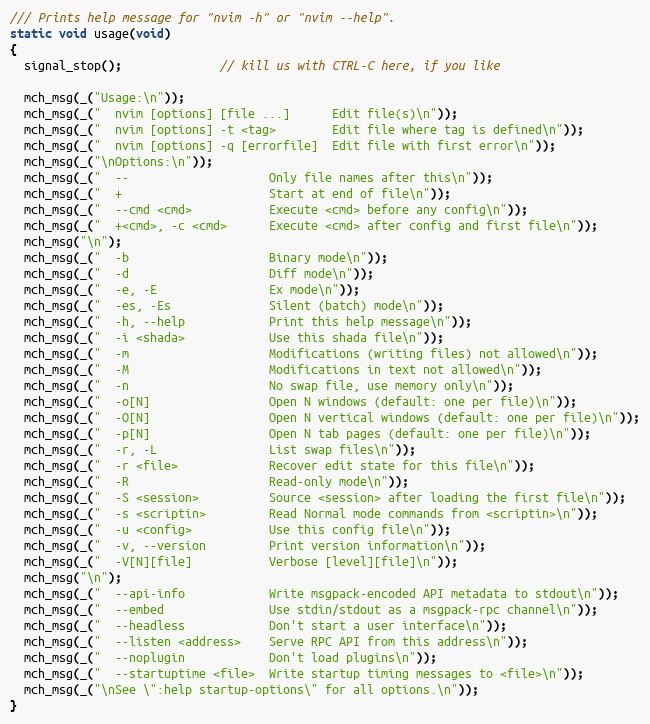
Language: C
/// Prints help message for "nvim -h" or "nvim --help".
static void usage(void)
{
  signal_stop();              // kill us with CTRL-C here, if you like

  mch_msg(_("Usage:\n"));
  mch_msg(_("  nvim [options] [file ...]      Edit file(s)\n"));
  mch_msg(_("  nvim [options] -t <tag>        Edit file where tag is defined\n"));
  mch_msg(_("  nvim [options] -q [errorfile]  Edit file with first error\n"));
  mch_msg(_("\nOptions:\n"));
  mch_msg(_("  --                    Only file names after this\n"));
  mch_msg(_("  +                     Start at end of file\n"));
  mch_msg(_("  --cmd <cmd>           Execute <cmd> before any config\n"));
  mch_msg(_("  +<cmd>, -c <cmd>      Execute <cmd> after config and first file\n"));
  mch_msg("\n");
  mch_msg(_("  -b                    Binary mode\n"));
  mch_msg(_("  -d                    Diff mode\n"));
  mch_msg(_("  -e, -E                Ex mode\n"));
  mch_msg(_("  -es, -Es              Silent (batch) mode\n"));
  mch_msg(_("  -h, --help            Print this help message\n"));
  mch_msg(_("  -i <shada>            Use this shada file\n"));
  mch_msg(_("  -m                    Modifications (writing files) not allowed\n"));
  mch_msg(_("  -M                    Modifications in text not allowed\n"));
  mch_msg(_("  -n                    No swap file, use memory only\n"));
  mch_msg(_("  -o[N]                 Open N windows (default: one per file)\n"));
  mch_msg(_("  -O[N]                 Open N vertical windows (default: one per file)\n"));
  mch_msg(_("  -p[N]                 Open N tab pages (default: one per file)\n"));
  mch_msg(_("  -r, -L                List swap files\n"));
  mch_msg(_("  -r <file>             Recover edit state for this file\n"));
  mch_msg(_("  -R                    Read-only mode\n"));
  mch_msg(_("  -S <session>          Source <session> after loading the first file\n"));
  mch_msg(_("  -s <scriptin>         Read Normal mode commands from <scriptin>\n"));
  mch_msg(_("  -u <config>           Use this config file\n"));
  mch_msg(_("  -v, --version         Print version information\n"));
  mch_msg(_("  -V[N][file]           Verbose [level][file]\n"));
  mch_msg("\n");
  mch_msg(_("  --api-info            Write msgpack-encoded API metadata to stdout\n"));
  mch_msg(_("  --embed               Use stdin/stdout as a msgpack-rpc channel\n"));
  mch_msg(_("  --headless            Don't start a user interface\n"));
  mch_msg(_("  --listen <address>    Serve RPC API from this address\n"));
  mch_msg(_("  --noplugin            Don't load plugins\n"));
  mch_msg(_("  --startuptime <file>  Write startup timing messages to <file>\n"));
  mch_msg(_("\nSee \":help startup-options\" for all options.\n"));
}